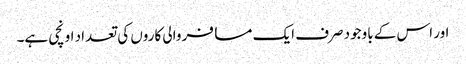
اور اس کے باوجود صرف ایک مسافر والی کاروں کی تعداد اونچی ہے۔